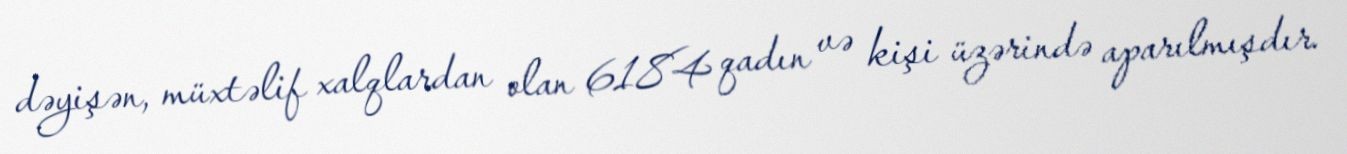
dəyişən, müxtəlif xalqlardan olan 6184 qadın və kişi üzərində aparılmışdır.